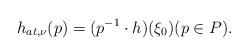
LaTeX: \begin{align*}h_{at,\nu}(p)=(p^{-1}\cdot h)(\xi_0) (p\in P).\end{align*}